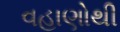
વહાણોથી